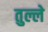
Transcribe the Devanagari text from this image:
तुल्ले